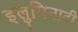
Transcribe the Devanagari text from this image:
इलुमिनाटी